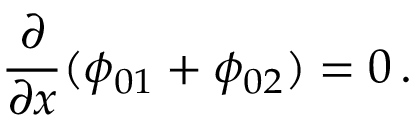
\frac { \partial } { \partial x } ( \phi _ { 0 1 } + \phi _ { 0 2 } ) = 0 \, .